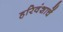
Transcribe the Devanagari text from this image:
हरिवंशाचें